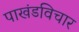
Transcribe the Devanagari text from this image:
पाखंडविचार